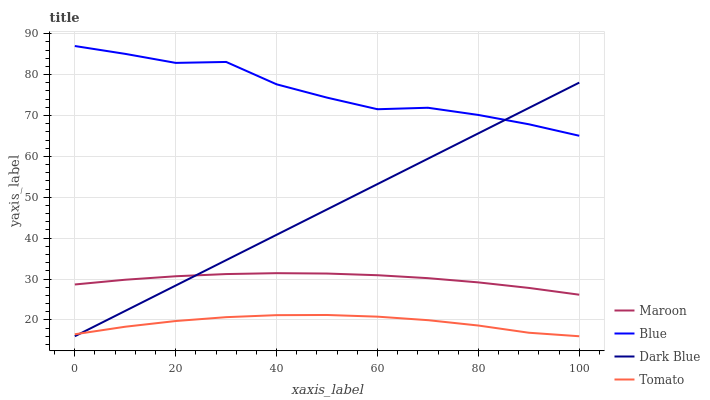
| xaxis_label | Maroon | Blue | Dark Blue | Tomato |
 | --- | --- | --- | --- | --- |
 | 0 | 28.7 | 87 | 16 | 16.5 |
 | 10 | 29.8 | 85.1 | 22.2 | 18.3 |
 | 20 | 30.7 | 82.9 | 28.4 | 19.7 |
 | 30 | 31.2 | 83.1 | 34.6 | 20.7 |
 | 40 | 31.4 | 77.6 | 40.8 | 21.2 |
 | 50 | 31.3 | 74.4 | 47 | 21.2 |
 | 60 | 30.9 | 71.5 | 53.2 | 20.8 |
 | 70 | 30.2 | 71.9 | 59.4 | 19.9 |
 | 80 | 29.2 | 70.1 | 65.6 | 18.6 |
 | 90 | 27.8 | 67.9 | 71.8 | 16.9 |
 | 100 | 26.2 | 65 | 78 | 16 |